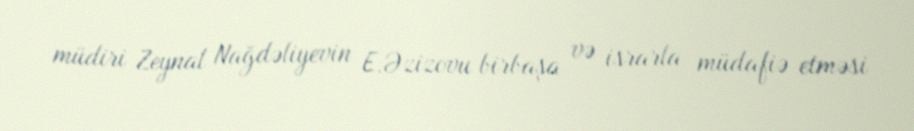
müdiri Zeynal Nağdəliyevin E.Əzizovu birbaşa və israrla müdafiə etməsi